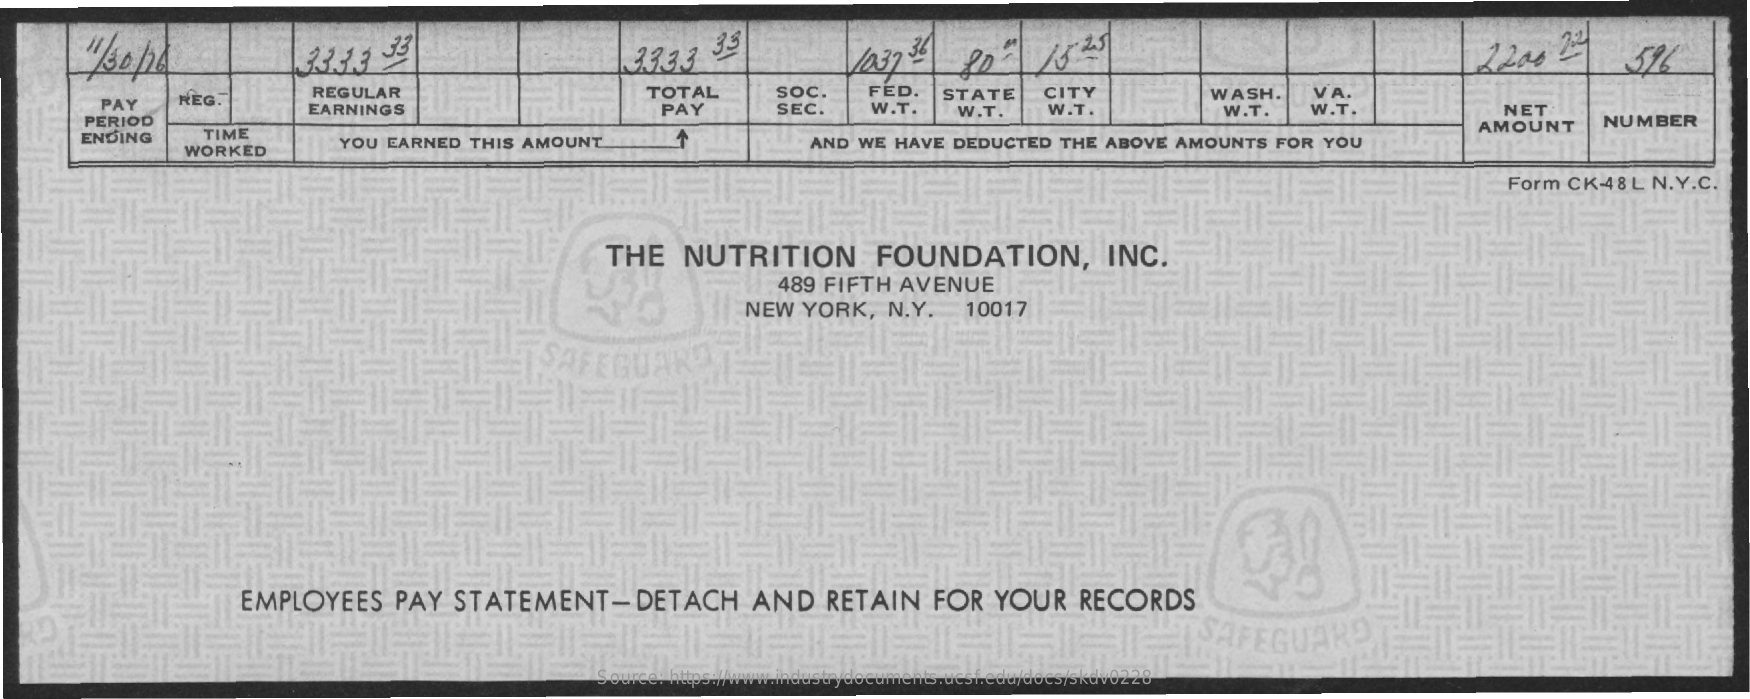
33.3.3   33    3.3.3.3 35    2200    2:4
     PAY    REG.    REGULAR    TOTAL    SOC.    FED.    VA.
     PERIOD
     EARNINGS    PAY    SEC.
     CITY
     W.T.
     STATE    WASH.
     W.T.    W.T.    W.T.    W.T.    NET
     NUMBER
     ENDING    TIME
     WORKED
     YOU EARNED   THIS  AMOUNT    AND WE  HAVE  DEDUCTED    THE  ABOVE  AMOUNTS    FOR  YOU
     AMOUNT
     Form  CK-48  L N.Y.C.
     THE    NUTRITION    FOUNDATION,    INC.
     489  FIFTH   AVENUE
     NEW    YORK,   N.Y.    10017
     EMPLOYEES    PAY   STATEMENT-DETACH    AND    RETAIN    FOR    YOUR    RECORDS
     SAF
     Source: https://www.industrydocuments.ucsf.edu/docs/skdv0228